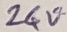
Text: 24V